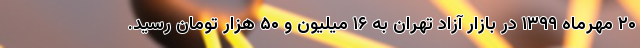
۲۰ مهرماه ۱۳۹۹ در بازار آزاد تهران به ۱۶ میلیون و ۵۰ هزار تومان رسید.